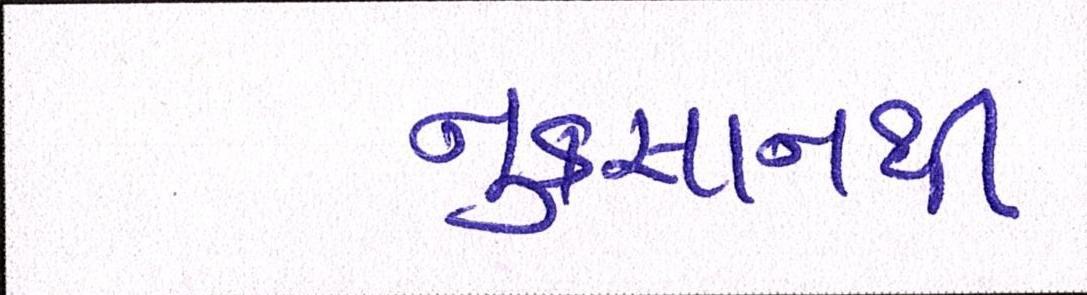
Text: નુકસાનથી